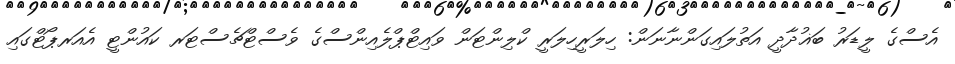
އެސްގެ ލީޑަރު ބަޣުދާދީ އަތުލައިގަންނާނަން: ހިލަރީހިލަރީ ކްލިންޓަން ވައިޓްޕްލެއިންސްގެ ވެސްޓްޗެސްޓަރ ކައުންޓީ އެއަރޕޯޓްގައި